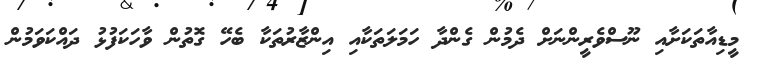
މީޑިއާތަކަށާއި ނޫސްވެރީންނަށް ދެމުން ގެންދާ ހަމަލަތަކާއި އިންޒާރުތަކާ ބެހޭ ގޮތުން ވާހަކަފުޅު ދައްކަވަމުން